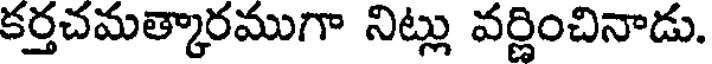
కర్తచమత్కారముగా నిట్లు వర్ణించినాడు.